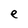
Character: e